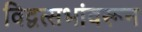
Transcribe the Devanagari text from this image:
विद्वत्सभांवरून